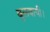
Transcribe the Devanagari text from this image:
बुलवायी।